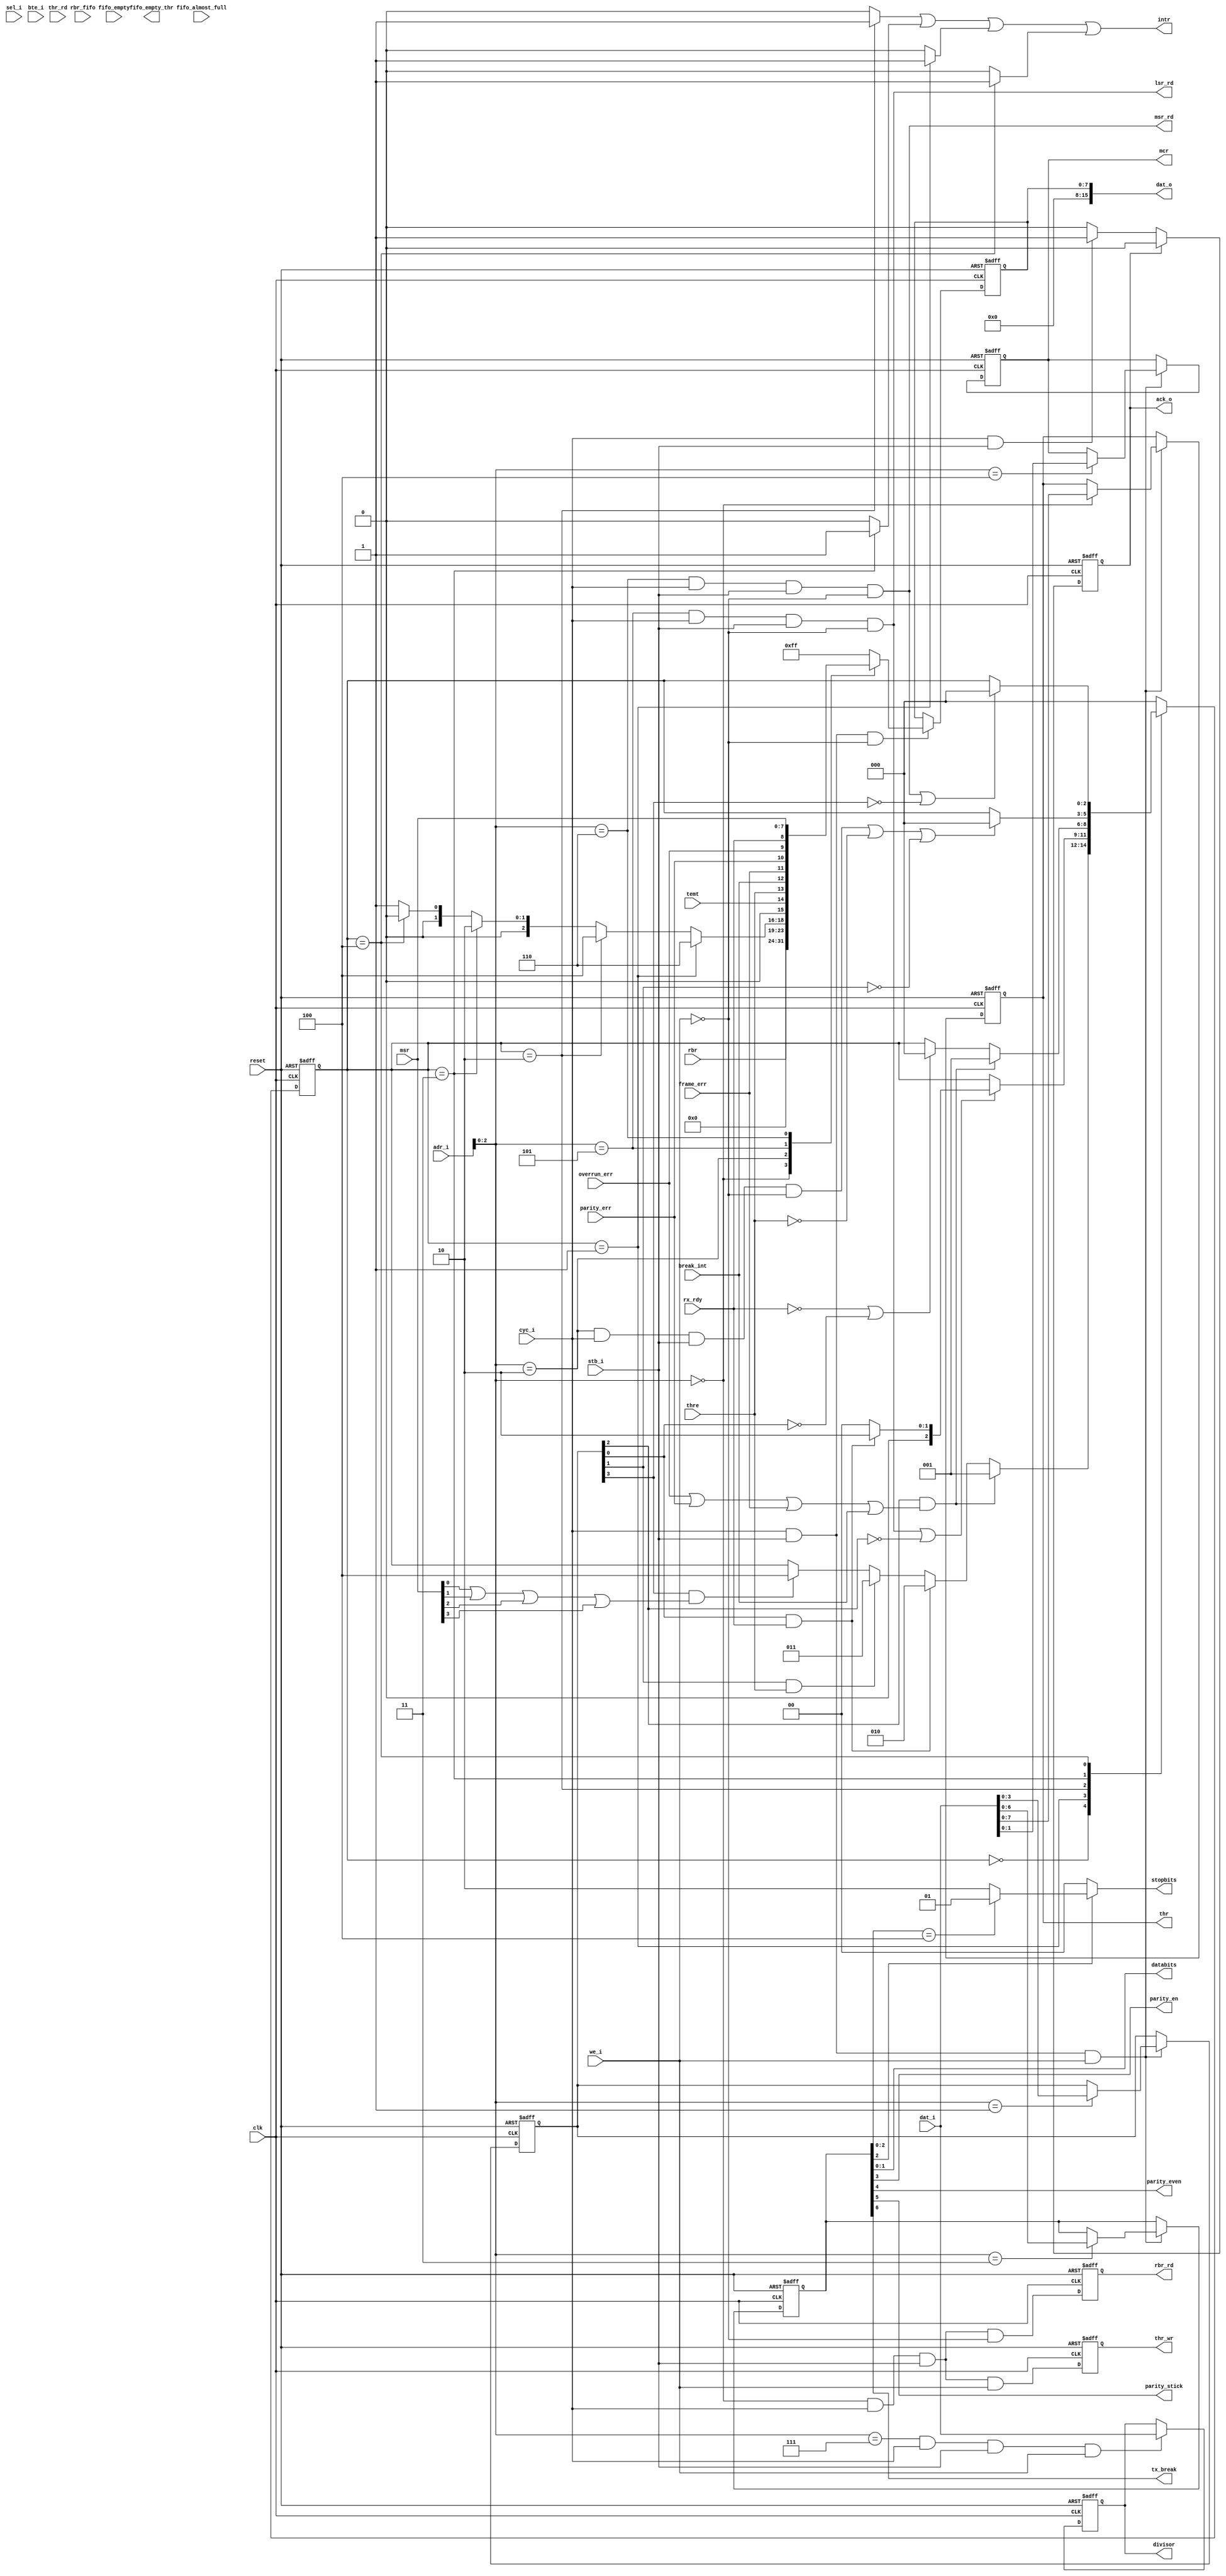
//   ==================================================================
//   >>>>>>>>>>>>>>>>>>>>>>> COPYRIGHT NOTICE <<<<<<<<<<<<<<<<<<<<<<<<<
//   ------------------------------------------------------------------
//   Copyright (c) 2013 by Lattice Semiconductor Corporation
//   ALL RIGHTS RESERVED 
//   ------------------------------------------------------------------
//
//   Permission:
//
//      Lattice SG Pte. Ltd. grants permission to use this code
//      pursuant to the terms of the Lattice Reference Design License Agreement. 
//
//
//   Disclaimer:
//
//      This VHDL or Verilog source code is intended as a design reference
//      which illustrates how these types of functions can be implemented.
//      It is the user's responsibility to verify their design for
//      consistency and functionality through the use of formal
//      verification methods.  Lattice provides no warranty
//      regarding the use or functionality of this code.
//
//   --------------------------------------------------------------------
//
//                  Lattice SG Pte. Ltd.
//                  101 Thomson Road, United Square #07-02 
//                  Singapore 307591
//
//
//                  TEL: 1-800-Lattice (USA and Canada)
//                       +65-6631-2000 (Singapore)
//                       +1-503-268-8001 (other locations)
//
//                  web: http://www.latticesemi.com/
//
//   --------------------------------------------------------------------
//
// --------------------------------------------------------------------
// Code Revision History :
// --------------------------------------------------------------------
// Ver: | Author |Mod. Date |Changes Made:
// V1.0 |        |          | Initial ver
// V1.1 | S.R.   |18/12/08  | modified to support Mico8
//
// --------------------------------------------------------------------


`ifndef INTFACE_FILE
`define INTFACE_FILE
`define MODEM
//`endif
//`include "txcver_fifo.v"
`timescale 1ns/10ps
module intface #(parameter CLK_IN_MHZ = 25,
                 parameter BAUD_RATE = 115200,
                 parameter ADDRWIDTH = 3,
                 parameter DATAWIDTH = 8,
                 parameter FIFO = 0) 
       (
        // Global reset and clock
        reset,
        clk,
        // wishbone interface
        adr_i,
        dat_i,
        dat_o,
        stb_i,
        cyc_i,
        we_i,
        sel_i,
        bte_i,
        ack_o,
        intr,
        // Registers
        rbr,
        rbr_fifo,		
        thr,
        // Rising edge of registers read/write strobes
        rbr_rd,
        thr_wr,
        lsr_rd,
        `ifdef MODEM
        msr_rd,
        msr,
        mcr,
        `endif
        // Receiver/Transmitter control
        databits,
        stopbits,
        parity_en,
        parity_even,
        parity_stick,
        tx_break,
        // Receiver/Transmitter status
        rx_rdy,
        overrun_err,
        parity_err,
        frame_err,
        break_int,
        thre,
        temt,
	fifo_empty,
	fifo_empty_thr,
	thr_rd,
	fifo_almost_full,
	divisor
       ); 
    
    input   reset ;
    input   clk;   
    output  fifo_empty_thr; 
    input   fifo_empty; 
    input   fifo_almost_full;
    input   thr_rd;
    input [7:0] adr_i;
    input [15:0] dat_i;
    input        we_i ; 
    input        stb_i;
    input        cyc_i;
    input [3:0]  sel_i;
    input [1:0]  bte_i;

    input [7:0]          rbr_fifo;
    input [DATAWIDTH-1:0] rbr; 
    input                 rx_rdy      ;
    input                 overrun_err ;
    input                 parity_err  ;
    input                 frame_err   ;
    input                 break_int   ;
    input                 thre        ;
    input                 temt        ;
    
    output                  lsr_rd   ;
    output [15:0] dat_o ;
    output                  intr ;
    output                  ack_o;
    output [DATAWIDTH-1:0]  thr  ;  
    output                  rbr_rd;
    output                  thr_wr;  
    
    output [1:0]            databits;
    output [1:0]            stopbits;
    output                  parity_en   ;
    output                  parity_even ;
    output                  parity_stick;
    output                  tx_break    ;
    `ifdef MODEM
    output                  msr_rd   ;
    input  [DATAWIDTH-1:0]  msr   ;
    output [1:0]            mcr  ;  
    `endif
    output [15:0]           divisor;
    
   reg    ack_o;
    
   reg  [DATAWIDTH-1:0] data_8bit ;
   wire [15:0]    dat_o ;
  
   wire [DATAWIDTH-1:0]    thr_fifo;
   reg [DATAWIDTH-1:0]     thr_nonfifo; 	   

 generate
   if (FIFO == 1)
     assign thr  = thr_fifo;
   else
     assign thr  = thr_nonfifo;
 endgenerate


   reg [6:0] lsr;
   reg  [6:0] lcr;

   wire [3:0] 		    iir     ;
  `ifdef MODEM
   reg  [3:0] 		    ier     ;
   `else 
   reg  [2:0] 		    ier     ;
   `endif 
   
   wire 		    rx_rdy_int   ;
   wire 		    thre_int    ;
   wire 		    dataerr_int ;
   wire 		    data_err     ;
   
   wire thr_wr_strobe;
   wire rbr_rd_strobe;
   wire iir_rd_strobe;
   reg iir_rd_strobe_delay;
   wire lsr_rd_strobe;
   wire div_wr_strobe;
   wire lsr_rd;
   reg lsr2_r, lsr3_r, lsr4_r;

   reg  thr_wr;
   wire rbr_rd_fifo;	   	   
   reg  rbr_rd_nonfifo;

 generate
   if (FIFO == 1)
     assign rbr_rd  = rbr_rd_fifo;
   else
     assign rbr_rd  = rbr_rd_nonfifo;
 endgenerate

   `ifdef MODEM 
   wire  modem_stat   ;
   wire  modem_int   ;
   wire  msr_rd_strobe;
   wire  msr_rd   ; 
   reg  [1:0]  mcr     ;  
   reg         msr_rd_strobe_detect;
   `endif

// FIFO signals for FIFO mode
   wire         fifo_full_thr;
   wire         fifo_empty_thr;
   wire         fifo_almost_full_thr;
   wire         fifo_almost_empty_thr;
   wire [7:0]   fifo_din_thr;
   reg          fifo_wr_thr;
   reg          fifo_wr_q_thr;
   wire         fifo_wr_pulse_thr;

   // UART baud 16x clock generator
   reg [15:0]   divisor;
   always @(posedge clk or posedge reset) begin
      if (reset)
        divisor <= ((CLK_IN_MHZ*1000*1000)/(BAUD_RATE));
      else if (div_wr_strobe)
        divisor <= dat_i[15:0];
   end
 //changed for mico8 support from 5bit to 3 bit reg_addr
   localparam A_RBR = 3'b000;
   localparam A_THR = 3'b000;
   localparam A_IER = 3'b001;
   localparam A_IIR = 3'b010;
   localparam A_LCR = 3'b011;
   localparam A_LSR = 3'b101;
   localparam A_DIV = 3'b111; 
   
   
`ifdef MODEM
   localparam A_MSR = 3'b110;//00;
   localparam A_MCR = 3'b100;//00;
`endif

  always @(posedge clk or posedge reset)  begin 
    if (reset)
      thr_wr <= 1'b0;
    else 
      thr_wr <= thr_wr_strobe;
   end 

  assign lsr_rd = lsr_rd_strobe;

  assign rbr_rd_fifo = rbr_rd_strobe;

  always @(posedge clk or posedge reset)  begin 
   if (reset)
     rbr_rd_nonfifo <= 1'b0;
    else 
     rbr_rd_nonfifo <= rbr_rd_strobe;
   end 

   `ifdef MODEM

   assign  msr_rd = msr_rd_strobe;

   `endif
  
   ////////////////////////////////////////////////////////////////////////////////
   // Registers Read/Write Control Signals
   ////////////////////////////////////////////////////////////////////////////////
 generate
   if (FIFO == 1)
     assign thr_wr_strobe = (adr_i[ADDRWIDTH-1:0] == A_THR) &&  cyc_i && stb_i &&  we_i && ~fifo_full_thr && ~ack_o;
   else
     assign thr_wr_strobe = (adr_i[ADDRWIDTH-1:0] == A_THR) &&  cyc_i && stb_i &&  we_i;
 endgenerate

 generate
   if (FIFO == 1)
     assign rbr_rd_strobe = (adr_i[ADDRWIDTH-1:0] == A_RBR) &&  cyc_i && stb_i && ~we_i && ~fifo_empty && ~ack_o;
   else
     assign rbr_rd_strobe = (adr_i[ADDRWIDTH-1:0] == A_RBR) &&  cyc_i && stb_i && ~we_i;
 endgenerate

 generate
   if (FIFO == 1)
     assign iir_rd_strobe = (adr_i[ADDRWIDTH-1:0] == A_IIR) &&  cyc_i && stb_i && ~we_i && ~ack_o;  
   else 	   
     assign iir_rd_strobe = (adr_i[ADDRWIDTH-1:0] == A_IIR) &&  cyc_i && stb_i && ~we_i;
 endgenerate 

 generate
   if (FIFO == 1)
     assign lsr_rd_strobe = (adr_i[ADDRWIDTH-1:0] == A_LSR) &&  cyc_i && stb_i && ~we_i && ~ack_o; 
   else    	
     assign lsr_rd_strobe = (adr_i[ADDRWIDTH-1:0] == A_LSR) &&  cyc_i && stb_i && ~we_i;  
 endgenerate 
 
 `ifdef MODEM 
   assign msr_rd_strobe = (adr_i[ADDRWIDTH-1:0] == A_MSR) &&  cyc_i && stb_i && ~we_i;
 `endif
 
   assign div_wr_strobe = (adr_i[ADDRWIDTH-1:0] == A_DIV) &&  cyc_i && stb_i &&  we_i;  
   
  ////////////////////////////////////////////////////////////////////////////////
  // Registers Read/Write Operation
  ////////////////////////////////////////////////////////////////////////////////
 generate
  if (FIFO == 1) begin
   always @(cyc_i or stb_i or we_i or adr_i or rbr_fifo or iir 
	   `ifdef MODEM
           or msr
	   `endif 
	   or lsr)
   begin
     case (adr_i[ADDRWIDTH-1:0])
       A_RBR: data_8bit <= rbr_fifo;
       A_IIR: data_8bit <= {4'b0000, iir};
       A_LSR: data_8bit <= {1'b0,lsr};
       `ifdef MODEM
       A_MSR: data_8bit <= msr;
       `endif
       default: data_8bit <= 8'b11111111;
   endcase	   
   end
  end
  else begin	  
  // Register Read
 always @(posedge clk or posedge reset)  begin 
   if (reset)
     data_8bit <= 8'b11111111;
    else if (cyc_i && stb_i && ~we_i)
     case (adr_i[ADDRWIDTH-1:0])
       A_RBR: data_8bit <= rbr;
       A_IIR: data_8bit <= {4'b0000, iir};
       A_LSR: data_8bit <= {1'b0,lsr};
       `ifdef MODEM
       A_MSR: data_8bit <= msr;
       `endif
       default: data_8bit <= 8'b11111111;
   endcase
 end
 end
 endgenerate 
  assign dat_o = {24'h000000,data_8bit};   


generate
if (FIFO == 0)
begin
    always @(posedge clk or posedge reset)  begin
        if (reset) begin
            thr_nonfifo <= 0;
             `ifdef MODEM
           ier <= 4'b0000;
           mcr <= 2'b00;
            `else
           ier <= 3'b000;
            `endif
            lcr <= 7'h00; end 
       else if (cyc_i && stb_i && we_i)
          case (adr_i[ADDRWIDTH-1:0])  
             	A_THR: thr_nonfifo <= dat_i[7:0];
                `ifdef MODEM
               A_IER: ier <= dat_i[3:0];
               A_MCR: mcr <= dat_i[1:0];
                `else 
               A_IER: ier <= dat_i[2:0];
                `endif
               A_LCR: lcr <= dat_i[6:0];
           default: ;
          endcase
      end
end
else 
begin
    always @(posedge clk or posedge reset)  begin
        if (reset) begin
             `ifdef MODEM
           ier <= 4'b0000;
           mcr <= 2'b00;
            `else
           ier <= 3'b000;
            `endif
            lcr <= 7'h00; end 
       else if (cyc_i && stb_i && we_i)
          case (adr_i[ADDRWIDTH-1:0])  
                `ifdef MODEM
               A_IER: ier <= dat_i[3:0];
               A_MCR: mcr <= dat_i[1:0];
                `else 
               A_IER: ier <= dat_i[2:0];
                `endif
               A_LCR: lcr <= dat_i[6:0];
           default: ;
          endcase
end

end

endgenerate

 generate
 if (FIFO == 1) begin
   assign fifo_wr_pulse_thr = thr_wr_strobe;
   assign fifo_din_thr      = dat_i[7:0];
   txcver_fifo TX_FIFO(
	              .Data        (fifo_din_thr),
		      			.Clock       (clk),
		      .WrEn        (fifo_wr_pulse_thr),
		      .RdEn        (thr_rd),
		      .Reset       (reset),
		      .Q           (thr_fifo),
		      .Empty       (fifo_empty_thr),
		      .Full        (fifo_full_thr),
		      .AlmostEmpty (fifo_almost_empty_thr),
		      .AlmostFull  (fifo_almost_full_thr)   
	              );
 end
endgenerate

   ////////////////////////////////////////////////////////////////////////////////
   //  Line Control Register
   ////////////////////////////////////////////////////////////////////////////////
   
   // databits : "00"=5-bit, "01"=6-bit, "10"=7-bit, "11"=8-bit
   assign databits = lcr[1:0];
   
   // stopbits : "00"=1-bit, "01"=1.5-bit(5-bit data), "10"=2-bit(6,7,8-bit data)
   assign stopbits = (lcr[2] == 1'b0) ? 2'b00 : (lcr[2:0] == 3'b100) ? 2'b01 : 2'b10;
   
   // parity_en : '0'=Parity Bit Enable, '1'=Parity Bit Disable
   assign parity_en = lcr[3];
   
   // parity_even : '0'=Even Parity Selected, '1'=Odd Parity Selected
   assign parity_even = lcr[4];
   
   // parity_stick : '0'=Stick Parity Disable, '1'=Stick Parity Enable
   assign parity_stick = lcr[5];
   
   // tx_break : '0'=Disable BREAK assertion, '1'=Assert BREAK
   assign tx_break = lcr[6];
   
   ////////////////////////////////////////////////////////////////////////////////
   //  Line Status Register
   ////////////////////////////////////////////////////////////////////////////////
 generate
 if (FIFO == 1) begin
  
   always @(posedge clk or posedge reset)
     if (reset)
       lsr2_r <= 1'b0;
     else if (parity_err)
       lsr2_r  <= 1'b1;
     else if (lsr_rd_strobe)
       lsr2_r  <= 1'b0;

   always @(posedge clk or posedge reset)
     if (reset)
       lsr3_r <= 1'b0;
     else if (frame_err)
       lsr3_r  <= 1'b1;
     else if (lsr_rd_strobe)
       lsr3_r  <= 1'b0;

   always @(posedge clk or posedge reset)
     if (reset)
       lsr4_r <= 1'b0;
     else if (break_int)
       lsr4_r  <= 1'b1;
     else if (lsr_rd_strobe)
       lsr4_r  <= 1'b0;

   always @(posedge clk)
      lsr <= {temt , thre , lsr4_r , lsr3_r , lsr2_r , overrun_err , rx_rdy};
 end
 
 else
 
   always @(temt or thre or break_int or frame_err or parity_err or overrun_err or rx_rdy)
      lsr =  {temt , thre , break_int , frame_err , parity_err , overrun_err , rx_rdy};
       
endgenerate

   ////////////////////////////////////////////////////////////////////////////////
   // Interrupt Arbitrator
   ////////////////////////////////////////////////////////////////////////////////
   
   // Int is the common interrupt line for all internal UART events
`ifdef MODEM
   assign intr = rx_rdy_int | thre_int | dataerr_int | modem_int;
`else
   assign intr = rx_rdy_int | thre_int | dataerr_int;
`endif
   
   // Receiving Data Error Flags including Overrun, Parity, Framing and Break
 generate
   if (FIFO == 1)
     assign data_err = overrun_err | lsr2_r | lsr3_r | lsr4_r;
   else	   
     assign data_err = overrun_err | parity_err | frame_err | break_int;
 endgenerate

   // Whenever bit0, 1, 2,or 3 is set to '1', A_WB Modem Status Interrupt is generated
`ifdef MODEM
   assign modem_stat = msr[0] | msr[1] | msr[2] | msr[3];
`endif

generate
 if (FIFO == 1)
  always @(posedge clk or posedge reset)
     if (reset)
       iir_rd_strobe_delay <= 1'b0;
     else
       iir_rd_strobe_delay <= iir_rd_strobe;
endgenerate

   // State Machine Definition
   localparam  idle = 3'b000;
   localparam  int0 = 3'b001;
   localparam  int1 = 3'b010;
   localparam  int2 = 3'b011;
   localparam  int3 = 3'b100;
   reg [2:0]  cs_state;


generate 
if (FIFO == 1) begin
   always @(posedge clk or posedge reset) begin
        if (reset)
          cs_state <= idle;
        else
          case (cs_state)
            idle: begin
               if (ier[2] == 1'b1 && data_err == 1'b1 )
                 cs_state <= int0;
               else if (ier[0] == 1'b1 && (fifo_almost_full || !fifo_empty) )	       
                 cs_state <= int1;
               else if (ier[1] == 1'b1 && thre == 1'b1)
                 cs_state <= int2;
            `ifdef MODEM
               else if (ier[3] == 1'b1 && modem_stat == 1'b1)
                 cs_state <= int3;
            `endif
            end
            int0: begin
	       if ((lsr_rd_strobe == 1'b1) || (ier[2] == 1'b0)) begin    
		 if (ier[0] == 1'b1 && fifo_almost_full) 
		   cs_state <= int1;
                else	      
	           cs_state <= idle; end
            end
            int1: begin
               if (data_err == 1'b1 && ier[2] == 1'b1)
		  cs_state <= int0;     
	       else if (!fifo_almost_full || (ier[0] == 1'b0))	     	       
	          cs_state <= idle;
            end
            int2: begin
               if (iir_rd_strobe_delay || (thre == 1'b0) || (ier[1] == 1'b0))  	       
                 cs_state <= idle;
            end
           `ifdef MODEM
            int3: begin
               if ((msr_rd_strobe)|| (ier[3] == 1'b0))
                 cs_state <= idle;
            end
           `endif
            default: cs_state <= idle;
          endcase
       end end
       
else  begin
   
   always @(posedge clk or posedge reset) begin
        if (reset)
          cs_state <= idle;
        else
          case (cs_state)
            idle: begin
               if (ier[2] == 1'b1 && data_err == 1'b1)
                 cs_state <= int0;
               else if (ier[0] == 1'b1 && rx_rdy == 1'b1)       	       
                 cs_state <= int1;
               else if (ier[1] == 1'b1 && thre == 1'b1)
                 cs_state <= int2;
            `ifdef MODEM
               else if (ier[3] == 1'b1 && modem_stat == 1'b1)
                 cs_state <= int3;
            `endif
            end
            int0: begin
	       if ((lsr_rd_strobe == 1'b1) || (ier[2] == 1'b0)) begin	      
		 if (ier[0] == 1'b1 && rx_rdy) 
		   cs_state <= int1;
                else	      
	           cs_state <= idle; end
            end
            int1: begin
               if (data_err == 1'b1 && ier[2] == 1'b1)
		  cs_state <= int0;     
	       else if ((rx_rdy == 1'b0) || (ier[0] == 1'b0)) 	       
	           cs_state <= idle;
            end
            int2: begin 	       
	       if (iir_rd_strobe || (thre == 1'b0) || (ier[1] == 1'b0))	       
                 cs_state <= idle;
            end
           `ifdef MODEM
            int3: begin
               if ((msr_rd_strobe)|| (ier[3] == 1'b0))
                 cs_state <= idle;
            end
           `endif
            default: cs_state <= idle;
          endcase
     end
end
endgenerate

 // ACK signal generate
  always @(posedge clk or posedge reset) begin
    if (reset)
      ack_o <= 1'b0;
    else if (ack_o)
      ack_o <= 1'b0;
    else if (cyc_i & stb_i) 
      ack_o <= 1'b1;
 end
   
   // Set Receiver Line Status Interrupt
   assign dataerr_int = (cs_state == int0) ? 1'b1 : 1'b0;
   
   // Set Received Data Available Interrupt
   assign rx_rdy_int  = (cs_state == int1) ? 1'b1 : 1'b0;
   
   // Set thr Empty Interrupt
   assign thre_int    = (cs_state == int2) ? 1'b1 : 1'b0;
   
   // Set MODEM Status Interrupt
   `ifdef MODEM
   assign modem_int   = (cs_state == int3) ? 1'b1 : 1'b0;
   `endif
   
   // Update IIR
   assign iir = (cs_state == int0) ? 4'b0110 :
                (cs_state == int1) ? 4'b0100 :
                (cs_state == int2) ? 4'b0010 :
                 `ifdef MODEM
                (cs_state == int3) ? 4'b0000 :
                 `endif
                4'b0001 ;  // No Interrupt Pending

endmodule
`endif // INTFACE_FILE